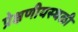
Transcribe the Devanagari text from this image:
प्रेक्षणीयस्थळी